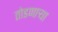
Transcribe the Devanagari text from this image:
तोडणाऱ्या